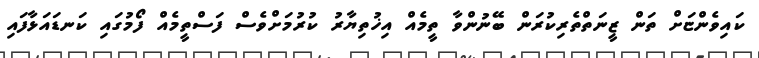
ކައިވެންޏަށް ތަން ޒީނަތްތެރިކުރަން ބޭނުންވާ ތީމެއް އިޚުތިޔާރު ކުރުމަށްވެސް ފަސްތީމެއް ފޯމުގައި ކަނޑައަޅާފައި